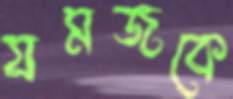
যমজকে